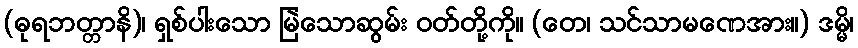
(ဓုရဘတ္တာနိ)၊ ရှစ်ပါးသော မြဲသောဆွမ်း ဝတ်တို့ကို။ (တေ၊ သင်သာမဏေအား။) ဒမ္မိ၊